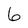
Character: 6